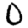
Digit: 0